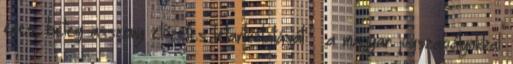
éves, beteg asszony előzetes letartóztatását – a magyar jogszabályokkal